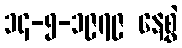
၁၄-၅-၁၉၇၉ နေ့စွဲ